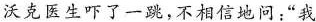
沃克医生吓了一跳，不相信地问：”我